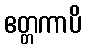
ဧတ္တကာပိ